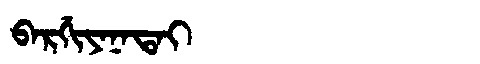
Manchu: ᠪᠠᡵᡤᡳᠶᠠᠨᠠᡨᠠᡳ
Romanization: BARGIYANATAI